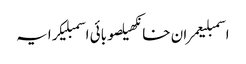
اسمبلیعمران خانکھیلصوبائی اسمبلیکرایہ